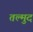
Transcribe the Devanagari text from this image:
तल्मुद